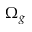
\Omega _ { g }